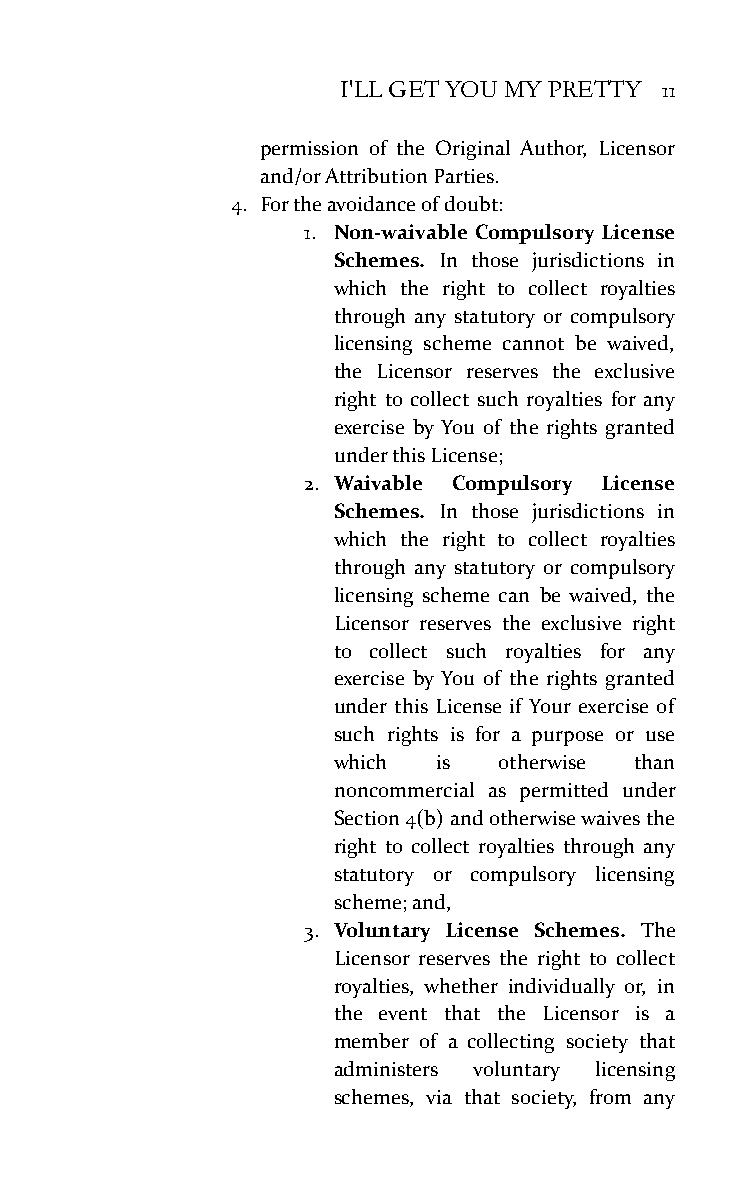
I'LL GET YOU MY PRETTY 11
 permission of the Original Author, Licensor
 and/or Attribution Parties.
 4. For the avoidance of doubt:
 1. Non-waivable Compulsory License
 Schemes. In those jurisdictions in
 which the right to collect royalties
 through any statutory or compulsory
 licensing scheme cannot be waived,
 the Licensor reserves the exclusive
 right to collect such royalties for any
 exercise by You of the rights granted
 under this License;
 2. Waivable Compulsory License
 Schemes. In those jurisdictions in
 which the right to collect royalties
 through any statutory or compulsory
 licensing scheme can be waived, the
 Licensor reserves the exclusive right
 to collect such royalties for any
 exercise by You of the rights granted
 under this License if Your exercise of
 such rights is for a purpose or use
 which  is  otherwise than
 noncommercial as permitted under
 Section 4(b) and otherwise waives the
 right to collect royalties through any
 statutory or compulsory licensing
 scheme; and,
 3. Voluntary License Schemes. The
 Licensor reserves the right to collect
 royalties, whether individually or, in
 the event that the Licensor is a
 member of a collecting society that
 administers voluntary licensing
 schemes, via that society, from any